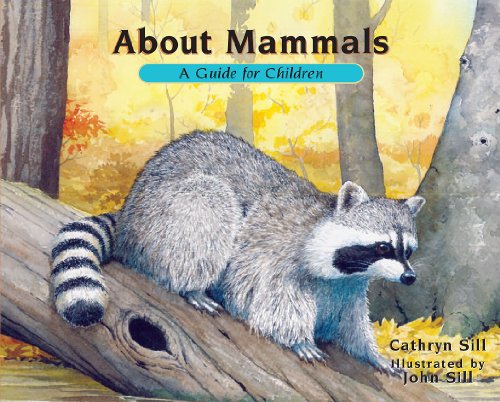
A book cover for About Mammals: A Guide for Children (Revised Edition); Cathryn Sill; Children's Books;